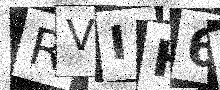
Text: RVIH6U